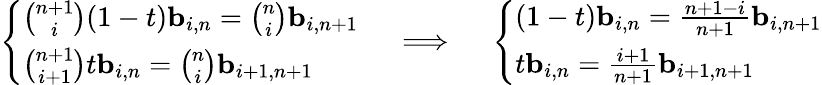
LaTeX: {\left\{ \begin{array}{ll}{{\binom{n+1}{i}}(1-t)\mathbf{b}_{i,n}={\binom{n}{i}}\mathbf{b}_{i,n+1}}\\ {{\binom{n+1}{i+1}}t\mathbf{b}_{i,n}={\binom{n}{i}}\mathbf{b}_{i+1,n+1}}\end{array}\right.}\quad\implies\quad{\left\{ \begin{array}{ll}{(1-t)\mathbf{b}_{i,n}={\frac{n+1-i}{n+1}}\mathbf{b}_{i,n+1}}\\ {t\mathbf{b}_{i,n}={\frac{i+1}{n+1}}\mathbf{b}_{i+1,n+1}}\end{array}\right.}